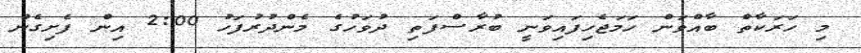
މި ހަރަކާތް ބާއްވަން ހަމަޖެހިފައިވަނީ ބުރާސްފަތި ދުވަހުގެ މެންދުރުފަހު 2:00 އިން ފެށިގެން